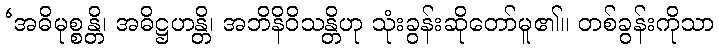
‘အဓိမုစ္စန္တိ၊ အဓိဋ္ဌဟန္တိ၊ အဘိနိဝိသန္တိဟု သုံးခွန်းဆိုတော်မူ၏။ တစ်ခွန်းကိုသာ